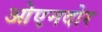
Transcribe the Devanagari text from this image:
ओएनदोर